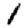
Digit: 1